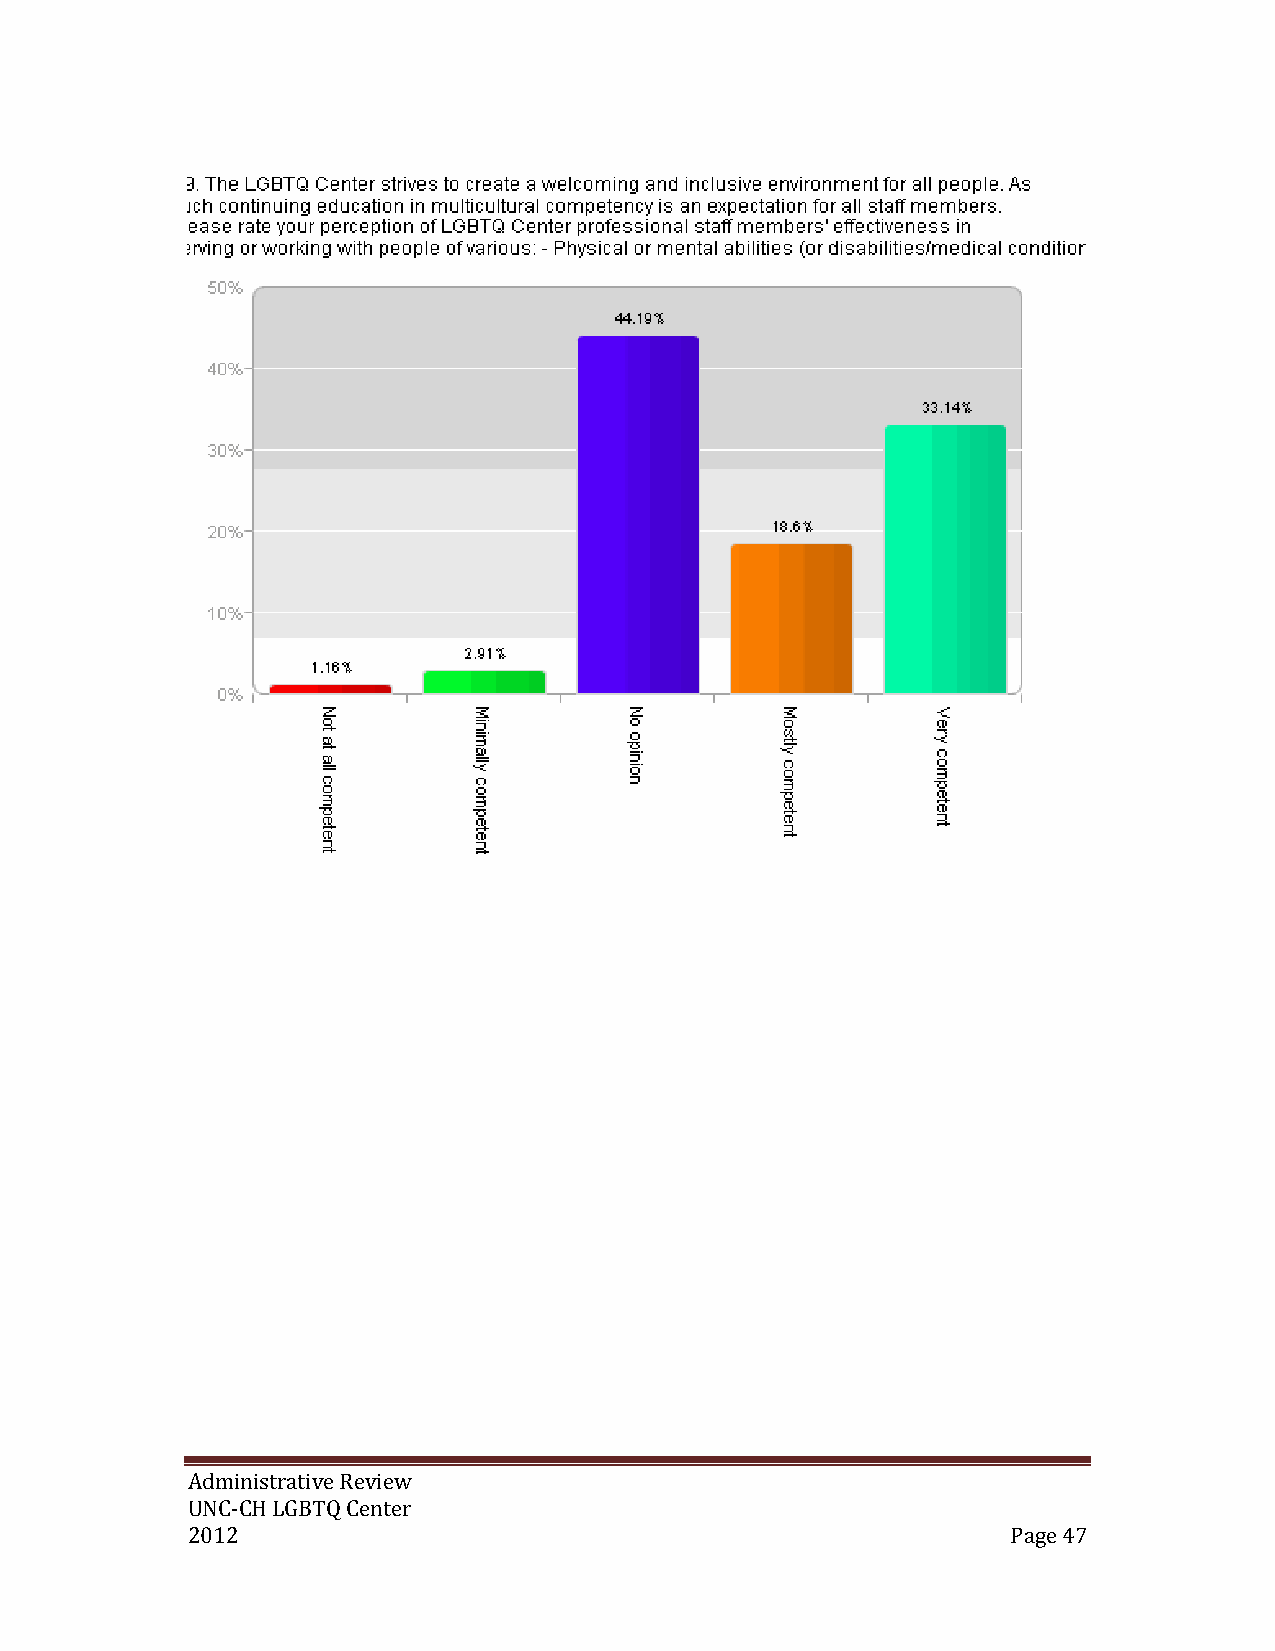
Administrative Review
 UNC-CH LGBTQ Center
 2012                                                   Page 47